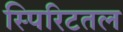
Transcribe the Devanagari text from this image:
स्पिरिटतल